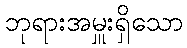
ဘုရားအမှူးရှိသော